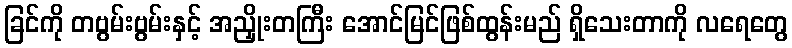
ခြင်ကို တဗွမ်းဗွမ်းနှင့် အညှိုးတကြီး အောင်မြင်ဖြစ်ထွန်းမည် ရှိသေးတာကို လရေတွေ